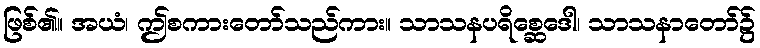
ဖြစ်၏။ အယံ၊ ဤစကားတော်သည်ကား။ သာသနပရိစ္ဆေဒေါ၊ သာသနာတော်၌